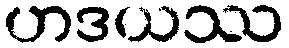
ဟဒယဿ